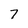
Character: 7